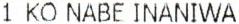
1 KO NABE INANIWA